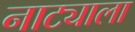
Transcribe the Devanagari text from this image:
नाट्याला